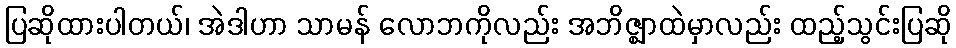
ပြဆိုထားပါတယ်၊ အဲဒါဟာ သာမန် လောဘကိုလည်း အဘိဇ္ဈာထဲမှာလည်း ထည့်သွင်းပြဆို